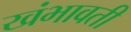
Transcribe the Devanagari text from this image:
खंभावती